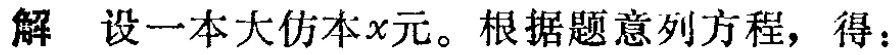
解 设一本大仿本\(x\)元。根据题意列方程，得：